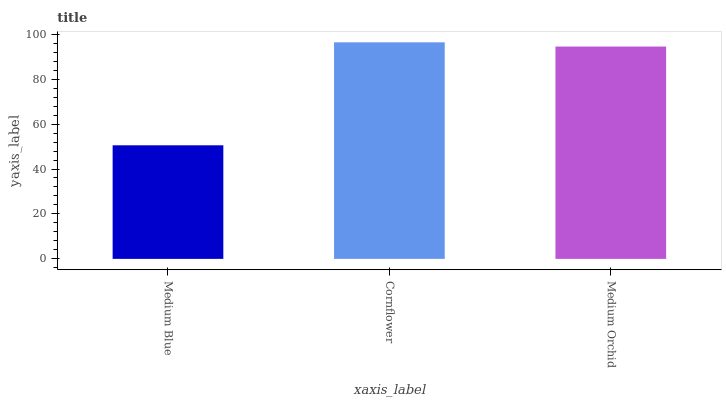
| xaxis_label | bars |
 | --- | --- |
 | Medium Blue | 50.6 |
 | Cornflower | 96.4 |
 | Medium Orchid | 94.5 |